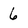
Character: 6